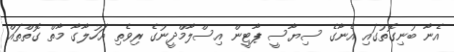
އެނާ ބުނިގޮތުގައި އެނާގެ ސިޔާސީ ޕާޓީން އިސްލާމްދީނުގެ ރިވެތި އަހުލާގާ މާތް ގޮތްތައް